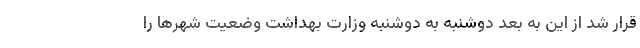
قرار شد از این به بعد دوشنبه به دوشنبه وزارت بهداشت وضعیت شهرها را